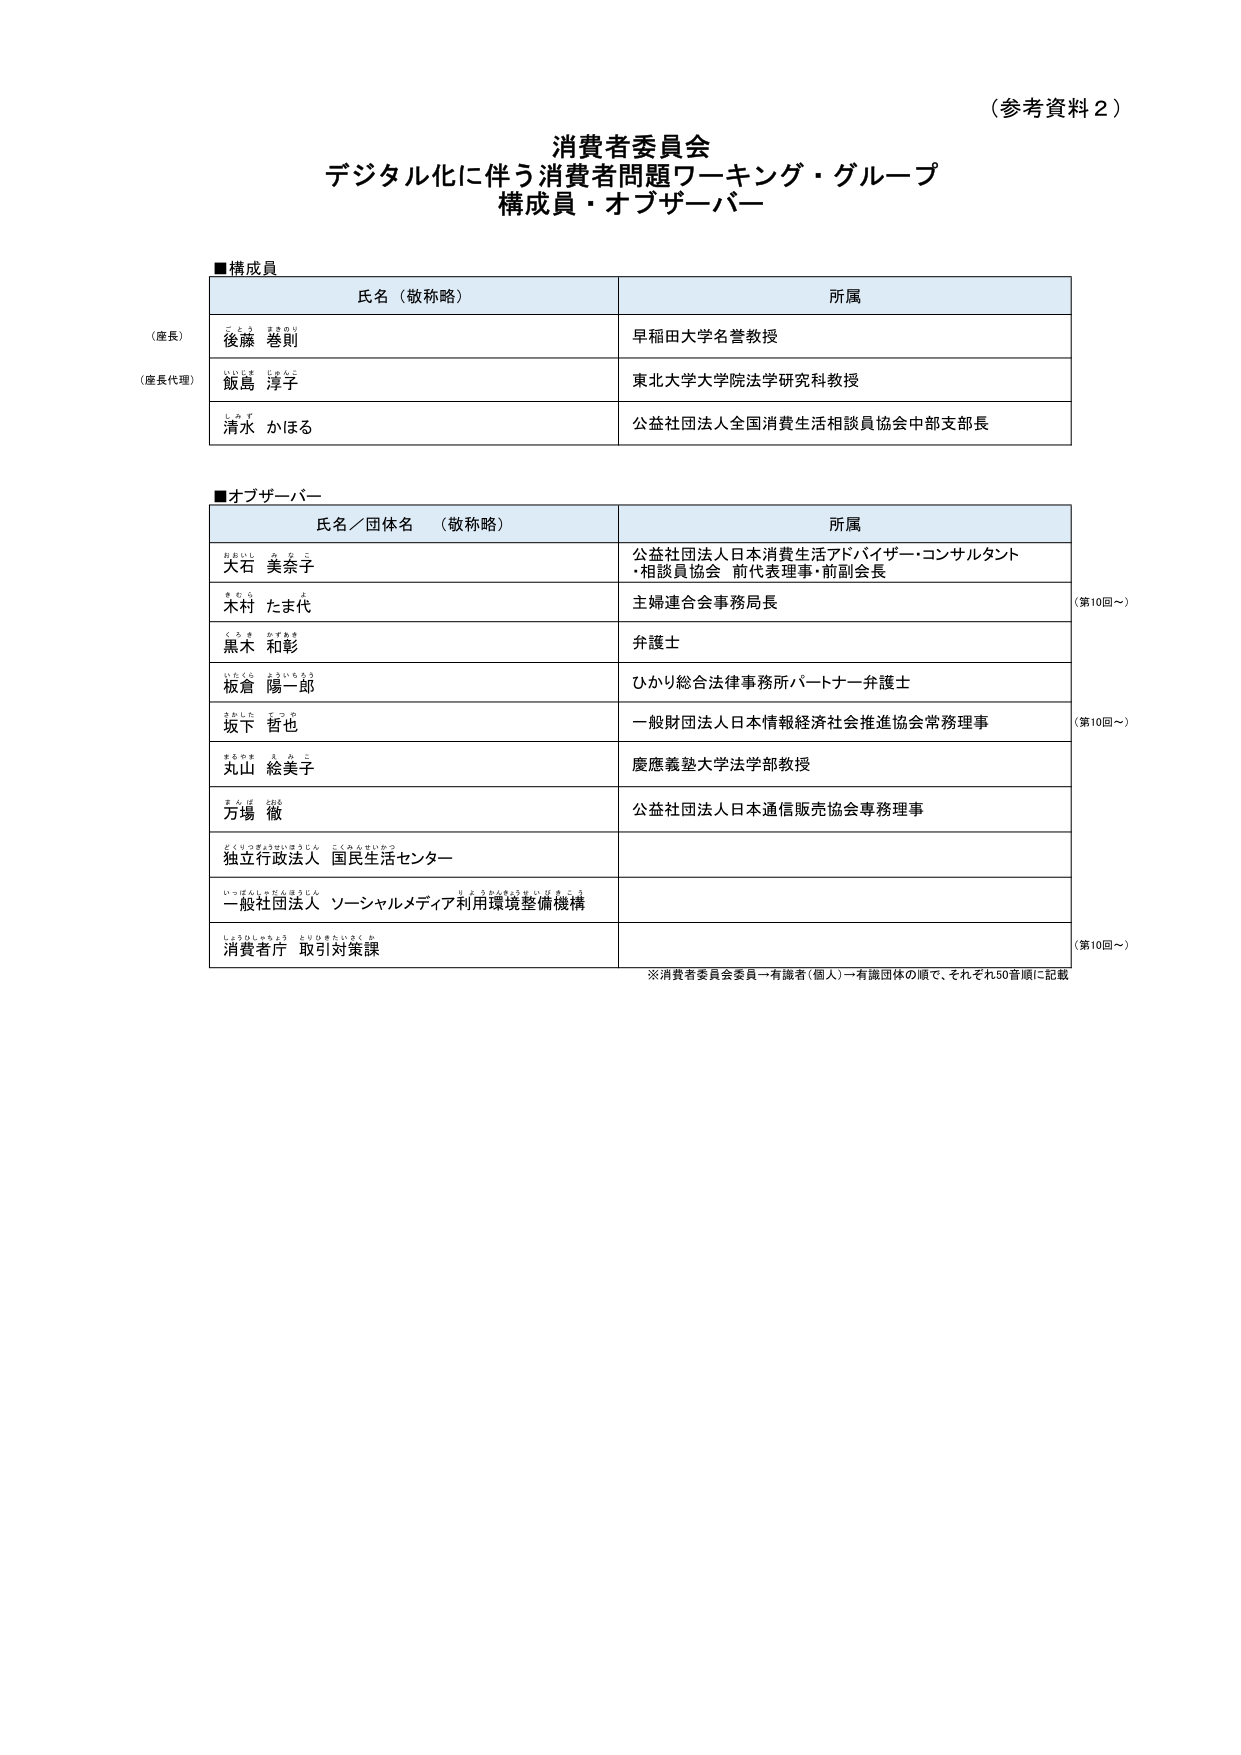
（参考資料２）

消費者委員会
デジタル化に伴う消費者問題ワーキング・グループ
構成員・オブザーバー

■構成員
氏名（敬称略）　　　　　　　　　　　　　　　　　所属
（座長）　　　　　　　　　　　　　　　　　　　　早稲田大学名誉教授
　　　　　　　　　　　　　　　　　　　　　　　　後藤　巻則
（座長代理）　　　　　　　　　　　　　　　　　　東北大学大学院法学研究科教授
　　　　　　　　　　　　　　　　　　　　　　　　飯島　淳子
　　　　　　　　　　　　　　　　　　　　　　　　公益社団法人全国消費生活相談員協会中部支部長
　　　　　　　　　　　　　　　　　　　　　　　　清水　かほる

■オブザーバー
氏名／団体名　（敬称略）　　　　　　　　　　　所属
　　　　　　　　　　　　　　　　　　　　　　　　公益社団法人日本消費生活アドバイザー・コンサルタント
　　　　　　　　　　　　　　　　　　　　　　　　・相談員協会　前代表理事・前副会長
　　　　　　　　　　　　　　　　　　　　　　　　大石　美奈子
　　　　　　　　　　　　　　　　　　　　　　　　主婦連合会事務局長
　　　　　　　　　　　　　　　　　　　　　　　　木村　たま代
　　　　　　　　　　　　　　　　　　　　　　　　弁護士
　　　　　　　　　　　　　　　　　　　　　　　　黒木　和彰
　　　　　　　　　　　　　　　　　　　　　　　　ひかり総合法律事務所パートナー弁護士
　　　　　　　　　　　　　　　　　　　　　　　　板倉　陽一郎
　　　　　　　　　　　　　　　　　　　　　　　　一般財団法人日本情報経済社会推進協会常務理事
　　　　　　　　　　　　　　　　　　　　　　　　坂下　哲也
　　　　　　　　　　　　　　　　　　　　　　　　慶應義塾大学法学部教授
　　　　　　　　　　　　　　　　　　　　　　　　丸山　絵美子
　　　　　　　　　　　　　　　　　　　　　　　　公益社団法人日本通信販売協会専務理事
　　　　　　　　　　　　　　　　　　　　　　　　万場　徹
　　　　　　　　　　　　　　　　　　　　　　　　独立行政法人　国民生活センター
　　　　　　　　　　　　　　　　　　　　　　　　一般社団法人　ソーシャルメディア利用環境整備機構
　　　　　　　　　　　　　　　　　　　　　　　　消費者庁　取引対策課

※消費者委員会委員→有識者（個人）→有識団体の順で、それぞれ50音順に記載

（第10回～）
（第10回～）
（第10回～）